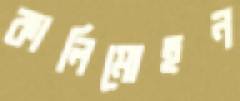
কালিমোহন